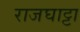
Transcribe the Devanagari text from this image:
राजघाट्टा